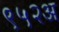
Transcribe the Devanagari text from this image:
९५२अ